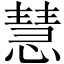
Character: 慧